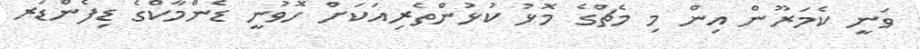
ވަނީ ކެމަރޫން އިން މި މެޗްގެ މޮޅު ކުޅުންތެރިއަކަށް ހޮވުނީ ޑެންމާކްގެ ޑިފެންޑަރ